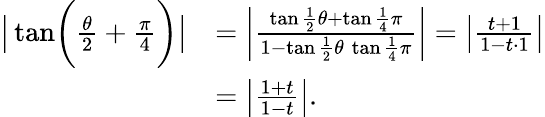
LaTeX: {\begin{array}{rl}{\left|\, {\tan}{\biggl(}{\frac{\theta}{2}}+{\frac{\pi}{4}}{\biggr)}\right|}&{=\left|{\frac{\tan{\frac{1}{2}}\theta+\tan{\frac{1}{4}}\pi}{1-\tan{\frac{1}{2}}\theta\, \tan{\frac{1}{4}}\pi}}\right|=\left|{\frac{t+1}{1-t\cdot 1}}\right|}\\ &{=\left|{\frac{1+t}{1-t}}\right|.}\end{array}}